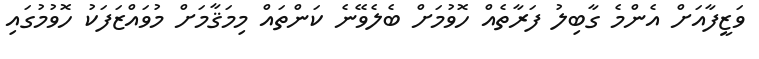
ވަޒީފާއަށް އެންމެ ގާބިލު ފަރާތެއް ހޮވުމަށް ބެލެވޭނެ ކަންތައް މިމަޤާމަށް މުވައްޒަފަކު ހޮވުމުގައި